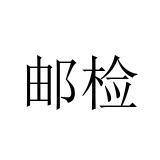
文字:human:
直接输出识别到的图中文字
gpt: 邮检